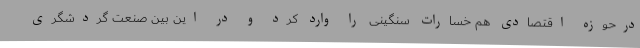
درحوزه اقتصادی هم خسارات سنگینی را وارد کرد و در این بین صنعت گردشگری